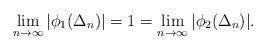
LaTeX: \begin{align*}\lim_{n\to\infty} |\phi_1(\Delta_n)|=1=\lim_{n\to\infty} |\phi_2(\Delta_n)|.\end{align*}